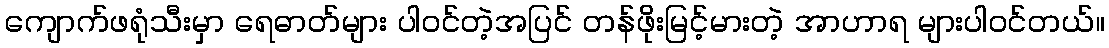
ကျောက်ဖရုံသီးမှာ ရေဓာတ်များ ပါဝင်တဲ့အပြင် တန်ဖိုးမြင့်မားတဲ့ အာဟာရ များပါဝင်တယ်။